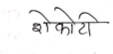
मजकूर: शेकोटी